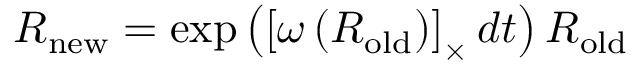
{ \boldsymbol { R } } _ { \mathrm { n e w } } = \exp \left( \left[ { \boldsymbol { \omega } } \left( { \boldsymbol { R } } _ { \mathrm { o l d } } \right) \right] _ { \times } d t \right) { \boldsymbol { R } } _ { \mathrm { o l d } }